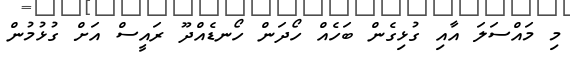
މި މައްސަލަ އާއި ގުޅިގެން ބަހެއް ހޯދަން ހޯނޑެއްދޫ ރައީސް އަށް ގުޅުމުން